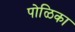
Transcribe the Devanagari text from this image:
पोळिका